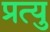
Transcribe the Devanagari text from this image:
प्रत्यु